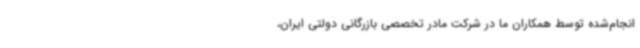
انجام‌شده توسط همکاران ما در شرکت مادر تخصصی بازرگانی دولتی ایران،